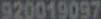
920019097